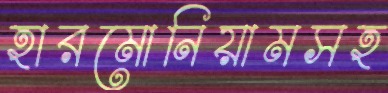
হারমোনিয়ামসহ